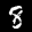
Label: 8